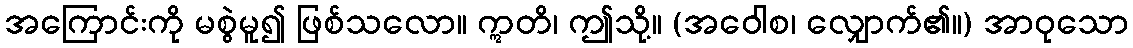
အကြောင်းကို မစွဲမူ၍ ဖြစ်သလော။ ဣတိ၊ ဤသို့။ (အဝေါစ၊ လျှောက်၏။) အာဝုသော